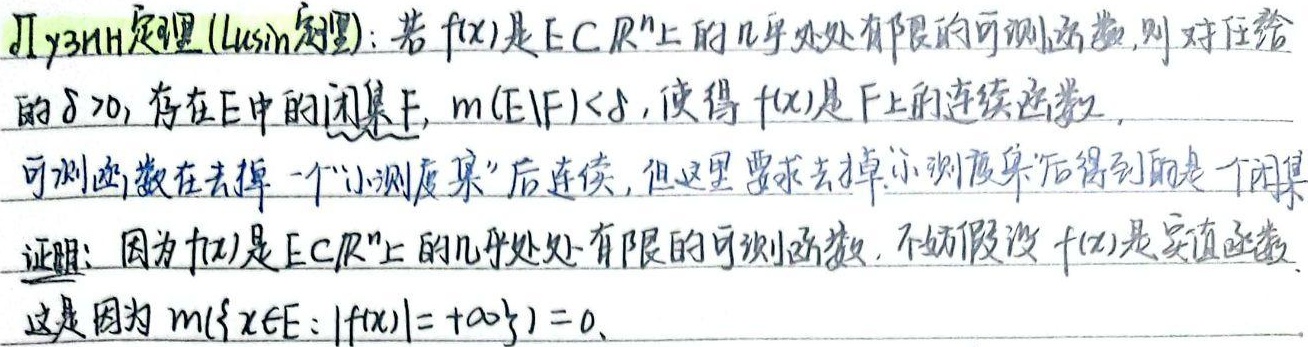
Lusin定理（Lusin定理）：若\(f(x)\)是\(E\subset\mathbb{R}^n\)上的几乎处处有限的可测函数，则对任意的\(\delta > 0\)，存在\(E\)中的闭集\(F\)，\(m(E\setminus F)<\delta\)，使得\(f(x)\)是\(F\)上的连续函数。

可测函数在去掉一个“小测度集”后连续，但这里要求去掉小测度集后得到的是一个闭集。

证明：因为\(f(x)\)是\(E\subset\mathbb{R}^n\)上的几乎处处有限的可测函数，不妨假设\(f(x)\)是实值函数，这是因为\(m(\{x\in E:|f(x)| = +\infty\}) = 0\)。